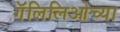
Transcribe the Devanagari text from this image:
गॅलिलिओच्या